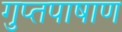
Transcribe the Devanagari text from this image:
गुप्तपाषाण